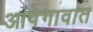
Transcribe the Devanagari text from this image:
आपेगावात